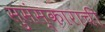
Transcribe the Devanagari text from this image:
सुसंस्काराची